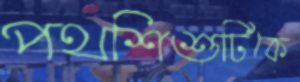
পথশিশুটিকে